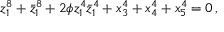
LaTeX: z _ { 1 } ^ { 8 } + \bar { z } _ { 1 } ^ { 8 } + 2 \phi z _ { 1 } ^ { 4 } \bar { z } _ { 1 } ^ { 4 } + x _ { 3 } ^ { 4 } + x _ { 4 } ^ { 4 } + x _ { 5 } ^ { 4 } = 0 \, ,